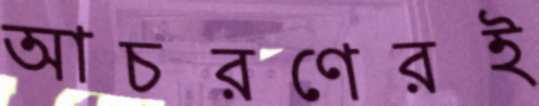
আচরণেরই